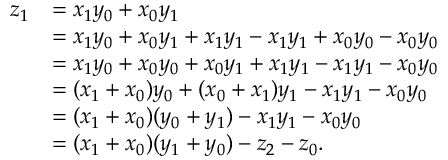
{ \begin{array} { r l } { z _ { 1 } } & { = x _ { 1 } y _ { 0 } + x _ { 0 } y _ { 1 } } \\ & { = x _ { 1 } y _ { 0 } + x _ { 0 } y _ { 1 } + x _ { 1 } y _ { 1 } - x _ { 1 } y _ { 1 } + x _ { 0 } y _ { 0 } - x _ { 0 } y _ { 0 } } \\ & { = x _ { 1 } y _ { 0 } + x _ { 0 } y _ { 0 } + x _ { 0 } y _ { 1 } + x _ { 1 } y _ { 1 } - x _ { 1 } y _ { 1 } - x _ { 0 } y _ { 0 } } \\ & { = ( x _ { 1 } + x _ { 0 } ) y _ { 0 } + ( x _ { 0 } + x _ { 1 } ) y _ { 1 } - x _ { 1 } y _ { 1 } - x _ { 0 } y _ { 0 } } \\ & { = ( x _ { 1 } + x _ { 0 } ) ( y _ { 0 } + y _ { 1 } ) - x _ { 1 } y _ { 1 } - x _ { 0 } y _ { 0 } } \\ & { = ( x _ { 1 } + x _ { 0 } ) ( y _ { 1 } + y _ { 0 } ) - z _ { 2 } - z _ { 0 } . } \end{array} }